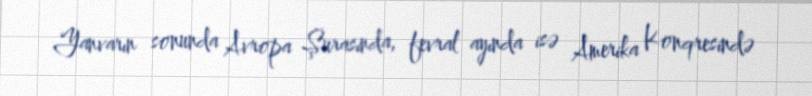
Yanvarın sonunda Avropa Şurasında, fevral ayında isə Amerika Konqresində